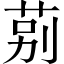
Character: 莂